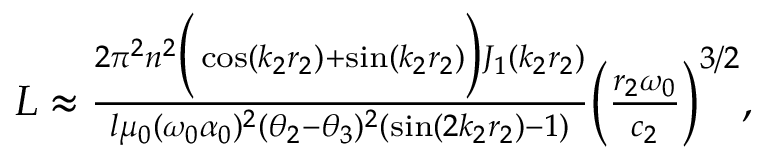
\begin{array} { r } { L \approx \frac { 2 \pi ^ { 2 } n ^ { 2 } \Big ( \cos ( k _ { 2 } r _ { 2 } ) + \sin ( k _ { 2 } r _ { 2 } ) \Big ) J _ { 1 } ( k _ { 2 } r _ { 2 } ) } { l \mu _ { 0 } ( \omega _ { 0 } \alpha _ { 0 } ) ^ { 2 } ( \theta _ { 2 } - \theta _ { 3 } ) ^ { 2 } ( \sin ( 2 k _ { 2 } r _ { 2 } ) - 1 ) } \Big ( \frac { r _ { 2 } \omega _ { 0 } } { c _ { 2 } } \Big ) ^ { 3 / 2 } , } \end{array}